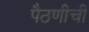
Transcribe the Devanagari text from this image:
पैठणीची